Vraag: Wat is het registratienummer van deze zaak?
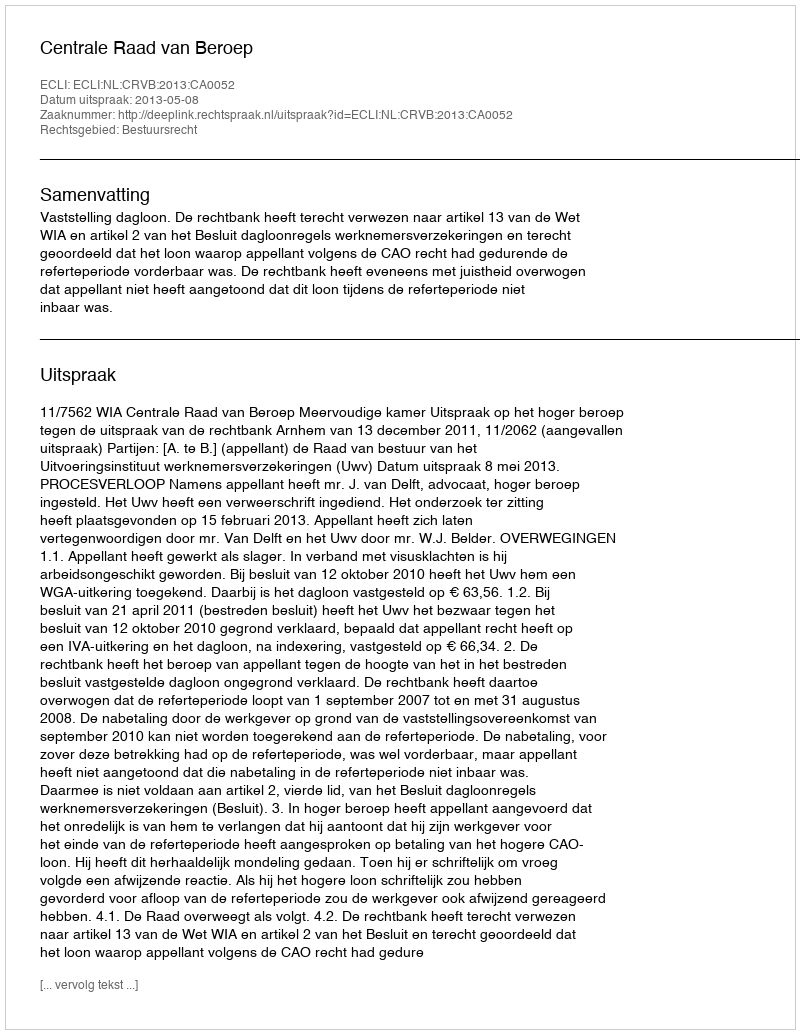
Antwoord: http://deeplink.rechtspraak.nl/uitspraak?id=ECLI:NL:CRVB:2013:CA0052